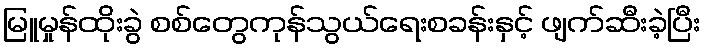
မြူမှုန်ထိုးခွဲ စစ်တွေကုန်သွယ်ရေးစခန်းနှင့် ဖျက်ဆီးခဲ့ပြီး